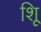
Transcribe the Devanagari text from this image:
शूि